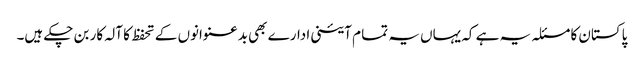
پاکستان کا مسئلہ یہ ہے کہ یہاں یہ تما م آئینی ادارے بھی بدعنوانوں کے تحفظ کا آلہ کار بن چکے ہیں۔